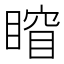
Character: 𥈾